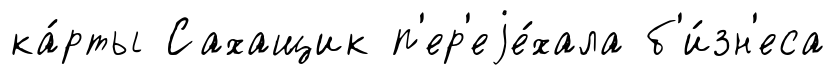
ка́рты Сахащик п'ер'еjе́хала б'и́зн'еса